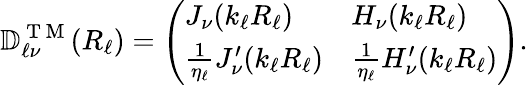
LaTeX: \mathbb{D}_{\ell\nu}^{\mathrm{~T~M~}}(R_{\ell})=\left(\begin{array}{ll}{J_{\nu}(k_{\ell}R_{\ell})}&{H_{\nu}(k_{\ell}R_{\ell})}\\ {\frac{1}{\eta_{\ell}}J_{\nu}^{\prime}(k_{\ell}R_{\ell})}&{\frac{1}{\eta_{\ell}}H_{\nu}^{\prime}(k_{\ell}R_{\ell})}\end{array}\right).